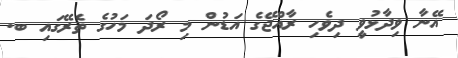
އޭނާ ވިދާޅުވީ ދިވެހި ރާއްޖޭގެ އަޑުން މި ރޯދަ މަހުގެ ތެރޭގައި ބ.